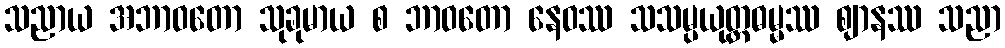
သညာယ အဘာဝတော သုခုမာယ စ ဘာဝတော နေဝဿ သသမ္ပယုတ္တဓမ္မဿ ဈာနဿ သညာ